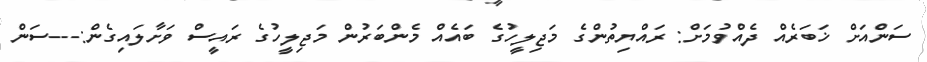
ސަންއަށް ޚަބަރެއް ދެއްވުމަށް: ރައްޔިތުންގެ މަޖިލީހުގެ ބައެއް މެންބަރުން މަޖިލީހުގެ ރައީސް ވަށާލައިގެން:---ސަން